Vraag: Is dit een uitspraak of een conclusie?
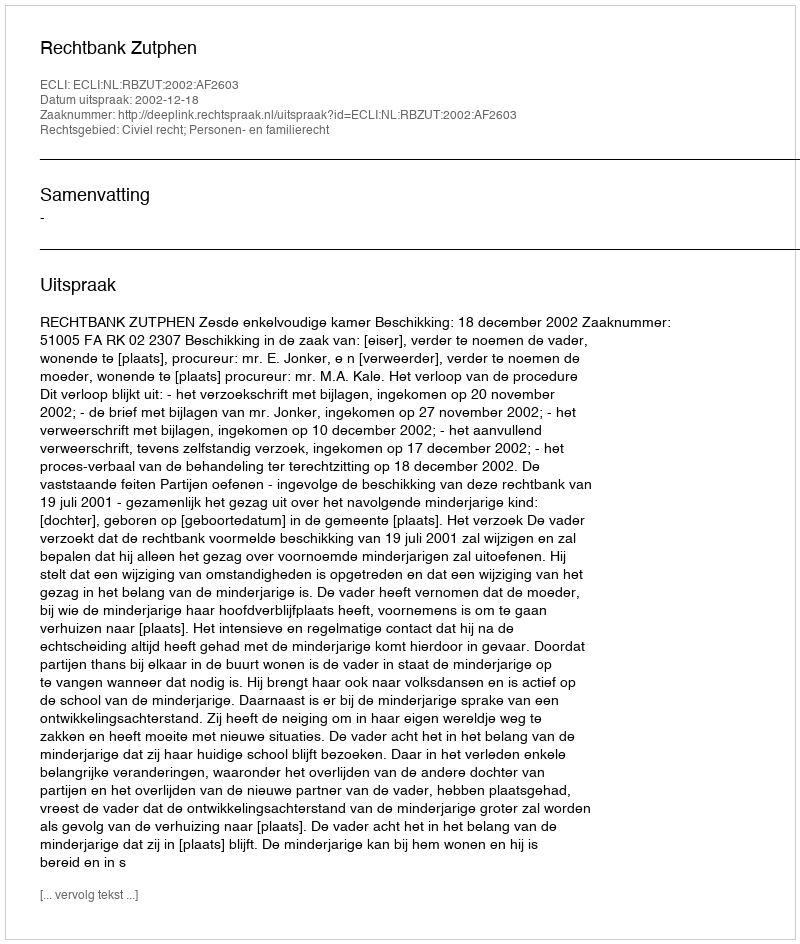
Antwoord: Uitspraak